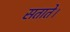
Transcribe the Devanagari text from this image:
सताते।